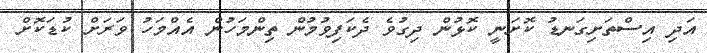
އަދި އިސްތަށިގަނޑު ކޮށަނީ ކޮޅުން ދިގުވެ ދެކަފިވުމުން ތިންމަހުން އެއްމަހު ވަރަށް ކުޑަކޮށް